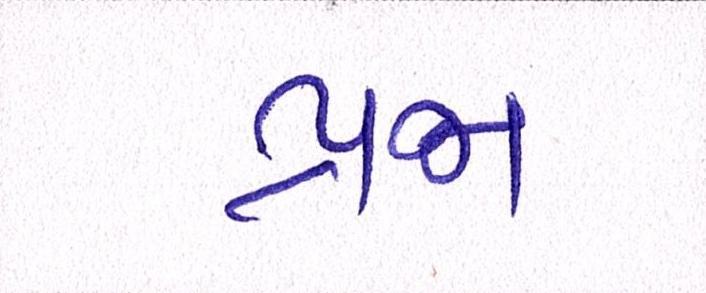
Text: પ્રજા